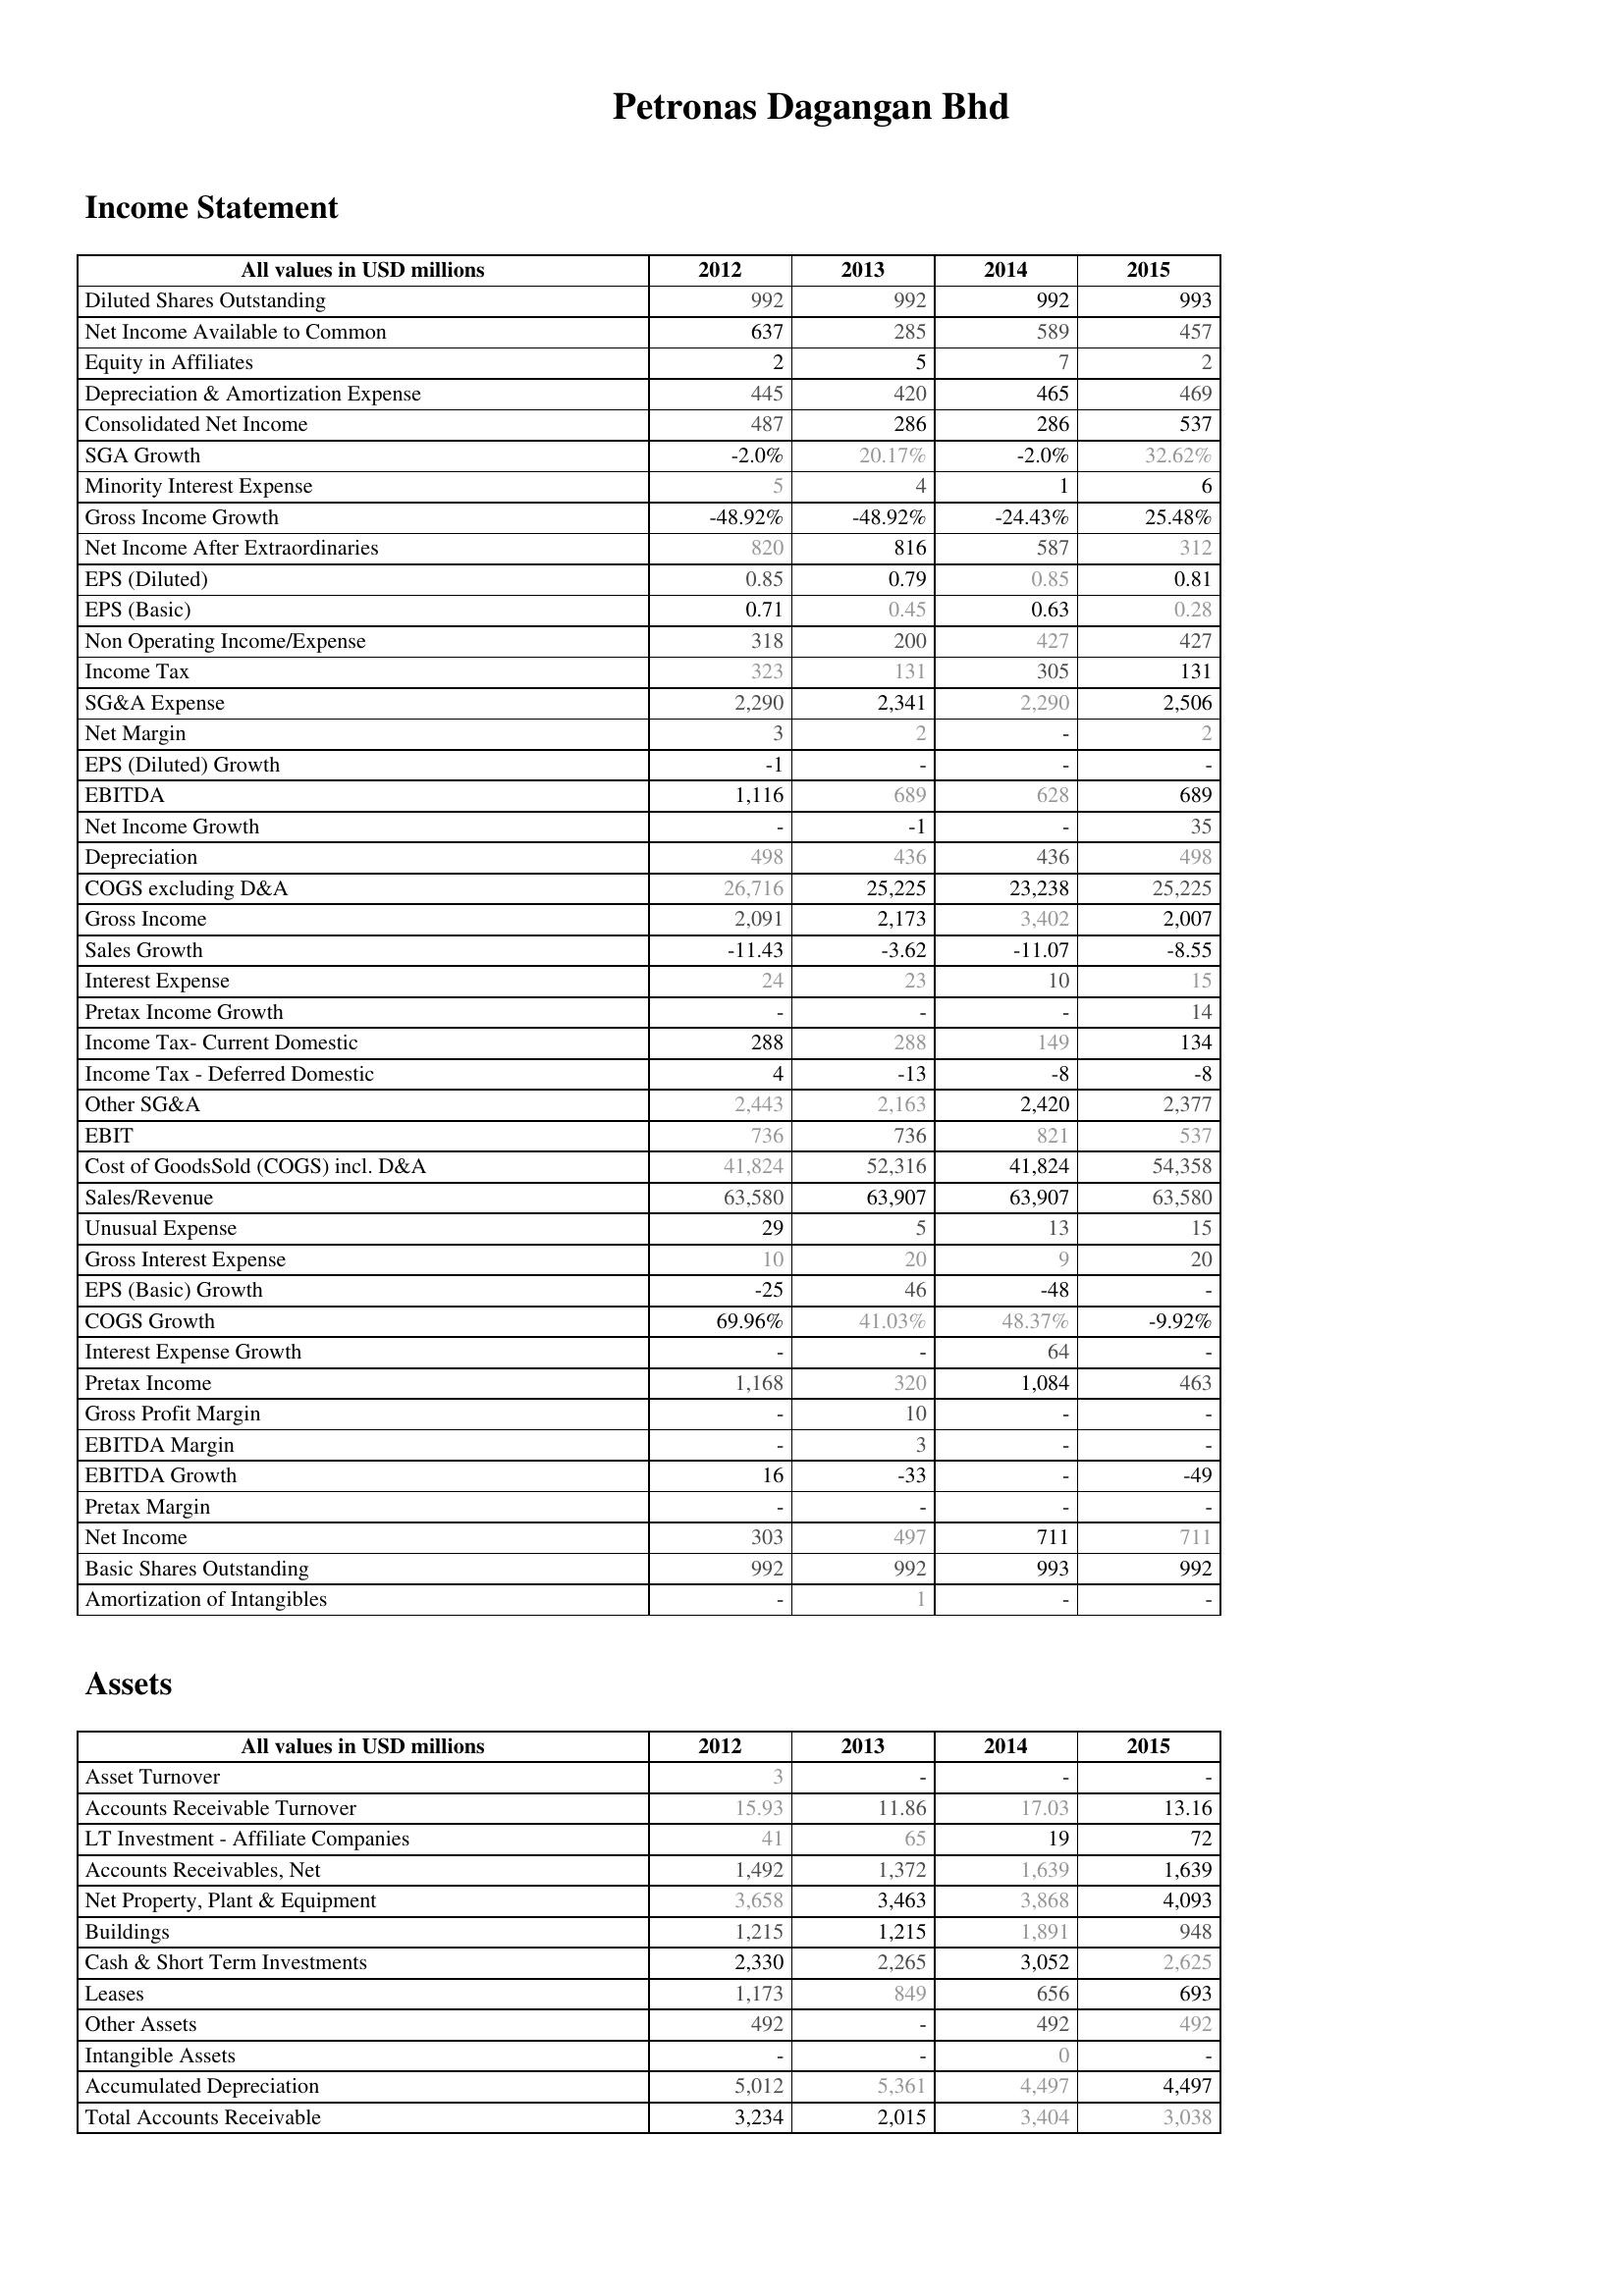
2012: Income Statement: Diluted Shares Outstanding: 992
Net Income Available to Common: 637
Equity in Affiliates: 2
Depreciation & Amortization Expense: 445
Consolidated Net Income: 487
SGA Growth: -2.0%
Minority Interest Expense: 5
Gross Income Growth: -48.92%
Net Income After Extraordinaries: 820
EPS (Diluted): 0.85
EPS (Basic): 0.71
Non Operating Income/Expense: 318
Income Tax: 323
SG&A Expense: 2,290
Net Margin: 3
EPS (Diluted) Growth: -1
EBITDA: 1,116
Net Income Growth: -
Depreciation: 498
COGS excluding D&A: 26,716
Gross Income: 2,091
Sales Growth: -11.43
Interest Expense: 24
Pretax Income Growth: -
Income Tax- Current Domestic: 288
Income Tax - Deferred Domestic: 4
Other SG&A: 2,443
EBIT: 736
Cost of GoodsSold (COGS) incl. D&A: 41,824
Sales/Revenue: 63,580
Unusual Expense: 29
Gross Interest Expense: 10
EPS (Basic) Growth: -25
COGS Growth: 69.96%
Interest Expense Growth: -
Pretax Income: 1,168
Gross Profit Margin: -
EBITDA Margin: -
EBITDA Growth: 16
Pretax Margin: -
Net Income: 303
Basic Shares Outstanding: 992
Amortization of Intangibles: -
Assets: Asset Turnover: 3
Accounts Receivable Turnover: 15.93
LT Investment - Affiliate Companies: 41
Accounts Receivables, Net: 1,492
Net Property, Plant & Equipment: 3,658
Buildings: 1,215
Cash & Short Term Investments: 2,330
Leases: 1,173
Other Assets: 492
Intangible Assets: -
Accumulated Depreciation: 5,012
Total Accounts Receivable: 3,234
2013: Income Statement: Diluted Shares Outstanding: 992
Net Income Available to Common: 285
Equity in Affiliates: 5
Depreciation & Amortization Expense: 420
Consolidated Net Income: 286
SGA Growth: 20.17%
Minority Interest Expense: 4
Gross Income Growth: -48.92%
Net Income After Extraordinaries: 816
EPS (Diluted): 0.79
EPS (Basic): 0.45
Non Operating Income/Expense: 200
Income Tax: 131
SG&A Expense: 2,341
Net Margin: 2
EPS (Diluted) Growth: -
EBITDA: 689
Net Income Growth: -1
Depreciation: 436
COGS excluding D&A: 25,225
Gross Income: 2,173
Sales Growth: -3.62
Interest Expense: 23
Pretax Income Growth: -
Income Tax- Current Domestic: 288
Income Tax - Deferred Domestic: -13
Other SG&A: 2,163
EBIT: 736
Cost of GoodsSold (COGS) incl. D&A: 52,316
Sales/Revenue: 63,907
Unusual Expense: 5
Gross Interest Expense: 20
EPS (Basic) Growth: 46
COGS Growth: 41.03%
Interest Expense Growth: -
Pretax Income: 320
Gross Profit Margin: 10
EBITDA Margin: 3
EBITDA Growth: -33
Pretax Margin: -
Net Income: 497
Basic Shares Outstanding: 992
Amortization of Intangibles: 1
Assets: Asset Turnover: -
Accounts Receivable Turnover: 11.86
LT Investment - Affiliate Companies: 65
Accounts Receivables, Net: 1,372
Net Property, Plant & Equipment: 3,463
Buildings: 1,215
Cash & Short Term Investments: 2,265
Leases: 849
Other Assets: -
Intangible Assets: -
Accumulated Depreciation: 5,361
Total Accounts Receivable: 2,015
2014: Income Statement: Diluted Shares Outstanding: 992
Net Income Available to Common: 589
Equity in Affiliates: 7
Depreciation & Amortization Expense: 465
Consolidated Net Income: 286
SGA Growth: -2.0%
Minority Interest Expense: 1
Gross Income Growth: -24.43%
Net Income After Extraordinaries: 587
EPS (Diluted): 0.85
EPS (Basic): 0.63
Non Operating Income/Expense: 427
Income Tax: 305
SG&A Expense: 2,290
Net Margin: -
EPS (Diluted) Growth: -
EBITDA: 628
Net Income Growth: -
Depreciation: 436
COGS excluding D&A: 23,238
Gross Income: 3,402
Sales Growth: -11.07
Interest Expense: 10
Pretax Income Growth: -
Income Tax- Current Domestic: 149
Income Tax - Deferred Domestic: -8
Other SG&A: 2,420
EBIT: 821
Cost of GoodsSold (COGS) incl. D&A: 41,824
Sales/Revenue: 63,907
Unusual Expense: 13
Gross Interest Expense: 9
EPS (Basic) Growth: -48
COGS Growth: 48.37%
Interest Expense Growth: 64
Pretax Income: 1,084
Gross Profit Margin: -
EBITDA Margin: -
EBITDA Growth: -
Pretax Margin: -
Net Income: 711
Basic Shares Outstanding: 993
Amortization of Intangibles: -
Assets: Asset Turnover: -
Accounts Receivable Turnover: 17.03
LT Investment - Affiliate Companies: 19
Accounts Receivables, Net: 1,639
Net Property, Plant & Equipment: 3,868
Buildings: 1,891
Cash & Short Term Investments: 3,052
Leases: 656
Other Assets: 492
Intangible Assets: 0
Accumulated Depreciation: 4,497
Total Accounts Receivable: 3,404
2015: Income Statement: Diluted Shares Outstanding: 993
Net Income Available to Common: 457
Equity in Affiliates: 2
Depreciation & Amortization Expense: 469
Consolidated Net Income: 537
SGA Growth: 32.62%
Minority Interest Expense: 6
Gross Income Growth: 25.48%
Net Income After Extraordinaries: 312
EPS (Diluted): 0.81
EPS (Basic): 0.28
Non Operating Income/Expense: 427
Income Tax: 131
SG&A Expense: 2,506
Net Margin: 2
EPS (Diluted) Growth: -
EBITDA: 689
Net Income Growth: 35
Depreciation: 498
COGS excluding D&A: 25,225
Gross Income: 2,007
Sales Growth: -8.55
Interest Expense: 15
Pretax Income Growth: 14
Income Tax- Current Domestic: 134
Income Tax - Deferred Domestic: -8
Other SG&A: 2,377
EBIT: 537
Cost of GoodsSold (COGS) incl. D&A: 54,358
Sales/Revenue: 63,580
Unusual Expense: 15
Gross Interest Expense: 20
EPS (Basic) Growth: -
COGS Growth: -9.92%
Interest Expense Growth: -
Pretax Income: 463
Gross Profit Margin: -
EBITDA Margin: -
EBITDA Growth: -49
Pretax Margin: -
Net Income: 711
Basic Shares Outstanding: 992
Amortization of Intangibles: -
Assets: Asset Turnover: -
Accounts Receivable Turnover: 13.16
LT Investment - Affiliate Companies: 72
Accounts Receivables, Net: 1,639
Net Property, Plant & Equipment: 4,093
Buildings: 948
Cash & Short Term Investments: 2,625
Leases: 693
Other Assets: 492
Intangible Assets: -
Accumulated Depreciation: 4,497
Total Accounts Receivable: 3,038